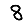
Digit: 8